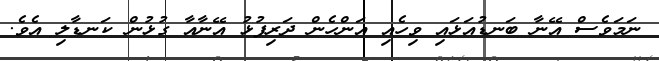
ނަމަވެސް އޭނާ ބަނޑުއަޅައި ވިހެއި އަންހެން ދަރިފުޅު އޭނާއާ ގުޅުން ކަނޑާލި އެވެ.